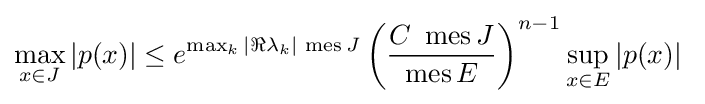
\max _{x\in J}|p(x)|\leq e^{\max _{k}|\Re \lambda _{k}|\,\operatorname {mes} J}\left({\frac {C\,\,\operatorname {mes} J}{\operatorname {mes} E}}\right)^{n-1}\sup _{x\in E}|p(x)|~